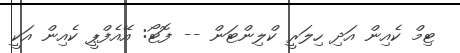
ޓިމް ކެއިން އަދި ހިލަރީ ކްލިންޓަން -- ފޮޓޯ: އޭއެފްޕީ ކެއިން އަކީ